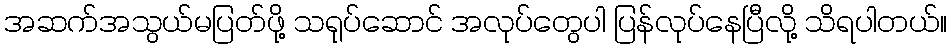
အဆက်အသွယ်မပြတ်ဖို့ သရုပ်ဆောင် အလုပ်တွေပါ ပြန်လုပ်နေပြီလို့ သိရပါတယ်။